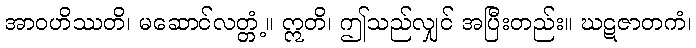
အာဝဟိဿတိ၊ မဆောင်လတ္တံ့။ ဣတိ၊ ဤသည်လျှင် အပြီးတည်း။ ဃဋဇာတကံ၊